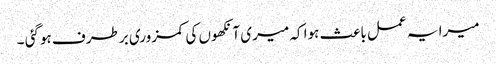
میرا یہ عمل باعث ہوا کہ میری آنکھوں کی کمزوری برطرف ہوگئی ۔